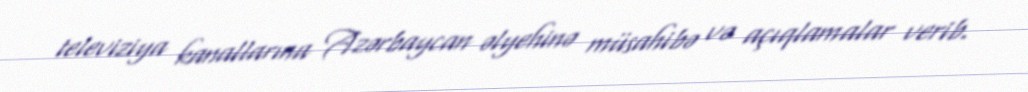
televiziya kanallarına Azərbaycan əlyehinə müsahibə və açıqlamalar verib.